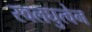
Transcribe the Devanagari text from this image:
स्वलघुत्वेन